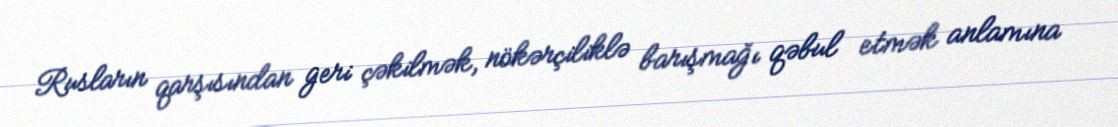
Rusların qarşısından geri çəkilmək, nökərçiliklə barışmağı qəbul etmək anlamına